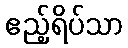
ဧည့်ရိပ်သာ